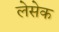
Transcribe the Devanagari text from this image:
लेसेक